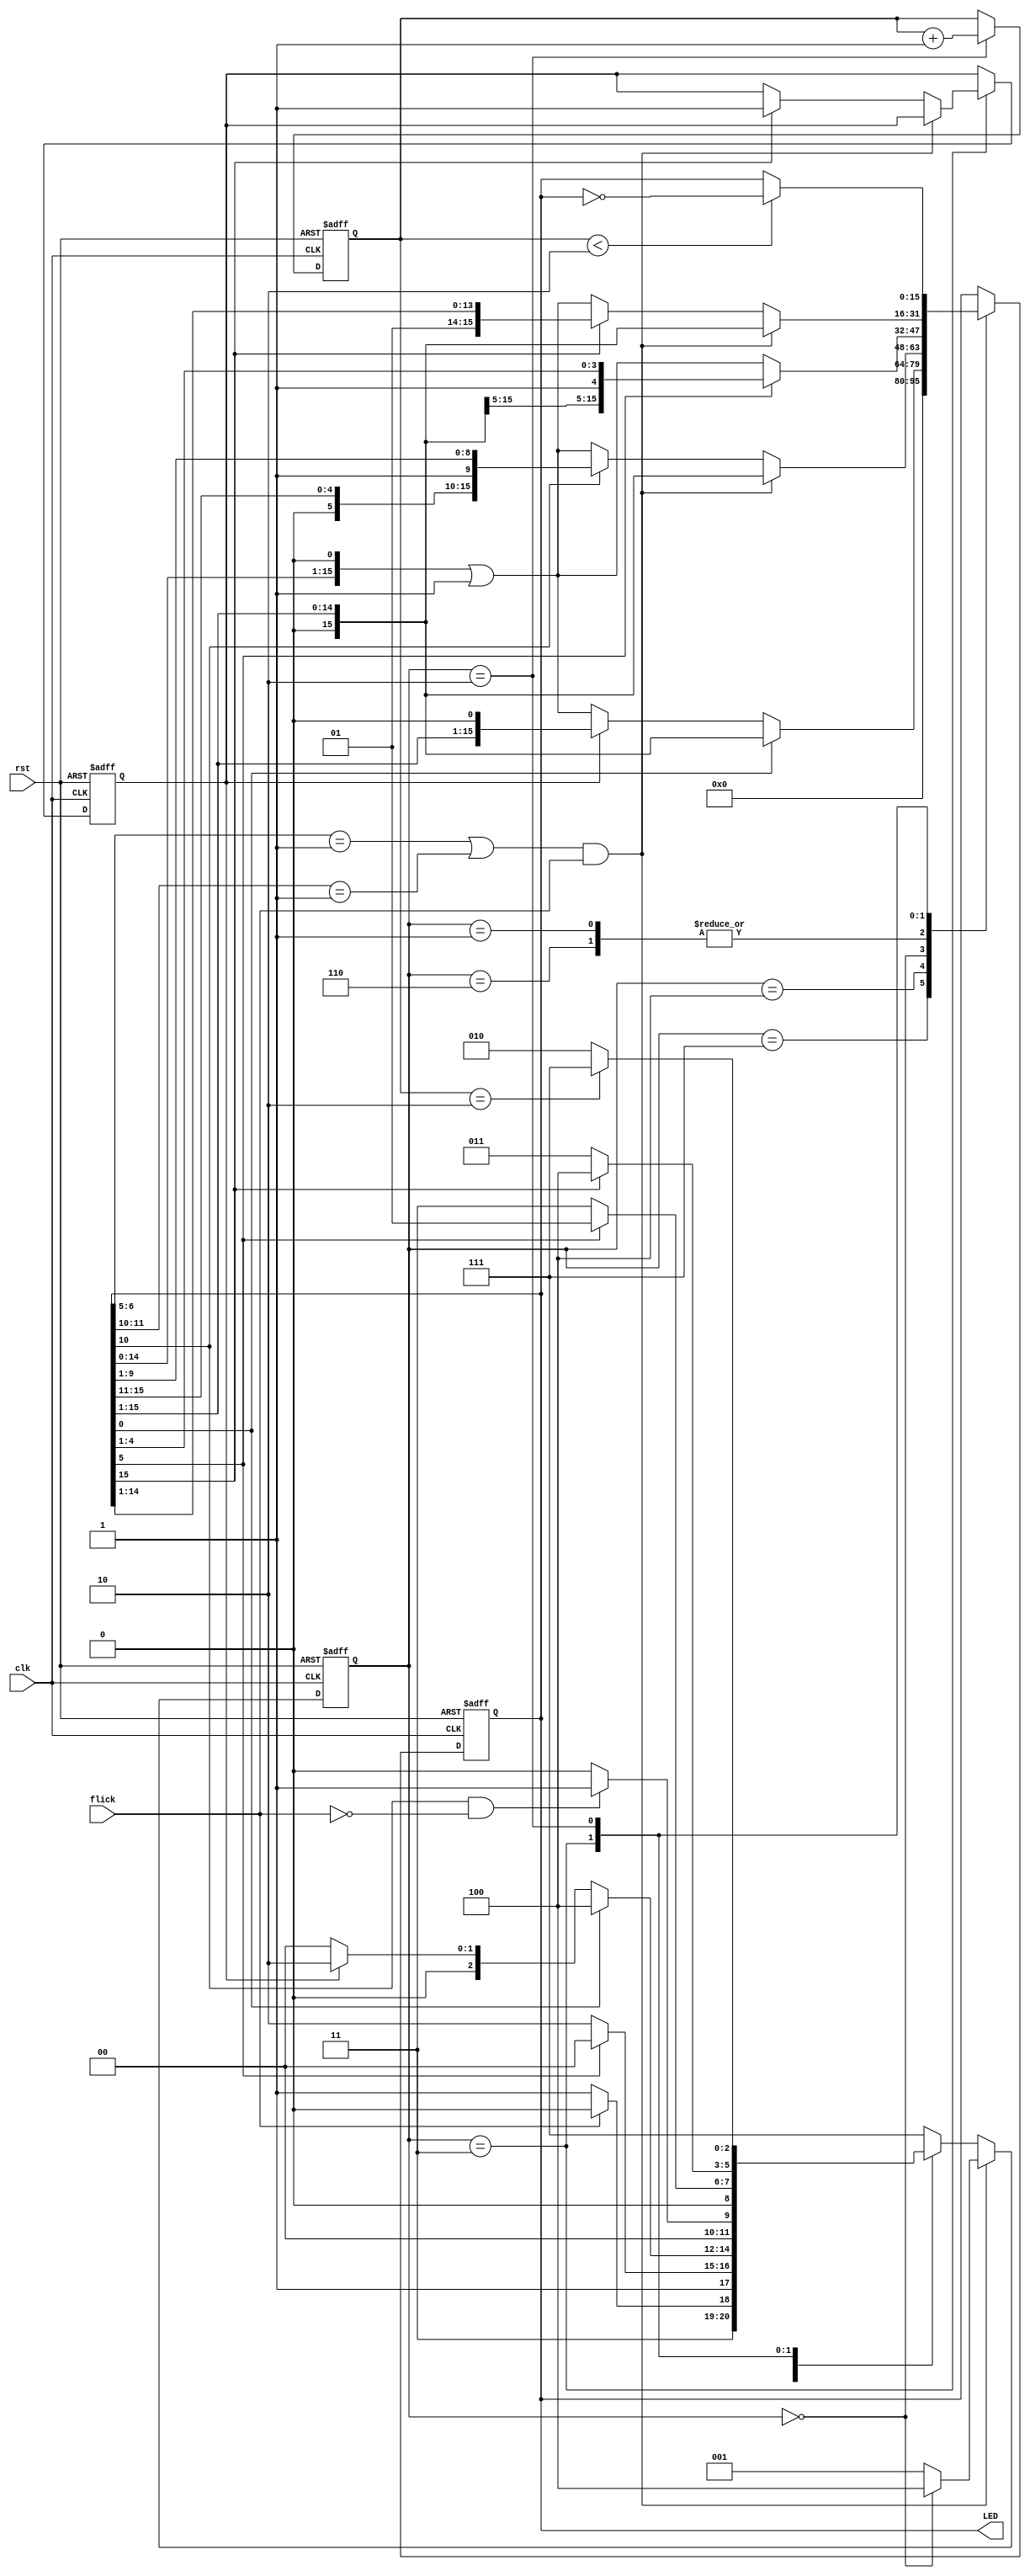
`timescale 1ns / 1ps
// School: Ho Chi Minh City University of Technology - Ho Chi Minh National
// University
// Student: Vu Nam Binh - 2152441
// Instructor: Mr. Nguyen Thien An
// Module: vlsi_lab1
// Description: Verilog source code implementing BoundFlasher system based on
// FSM. The system has 2 sequential blocks to proceed output and store state
// and 1 combinational block to proceed changing state.
// Updated: 08/04/2024

module vlsi_lab1(
input wire clk, rst, flick,
output reg [15:0]LED
    );
    parameter Start = 3'b111;
    parameter OnTo5 = 3'b110;
    parameter OffTo0 = 3'b100;
    parameter OnTo10 = 3'b000;
    parameter OffTo5 = 3'b001;
    parameter OnTo15 = 3'b011;
    parameter Blink = 3'b010;
    reg [15:0] LEDtemp=16'b0;
    reg [2:0] current_state, next_state;
    reg final=1'b0;
    reg [1:0] countblink=2'b0;

    always @(*) begin
        case(current_state)
            Start: begin
                if (flick == 1'b1) next_state[2:0] = OnTo5;
                else next_state[2:0] = Start;
            end
            OnTo5: begin
                if (LED[5] == 1'b1) next_state[2:0]=OffTo0;
                else next_state[2:0]=OnTo5;
            end
            OffTo0: begin
                if (LED[0] == 1'b0) begin
                    if (final == 1'b1) next_state[2:0] = Blink;
                    else next_state[2:0] = OnTo10;
                end else next_state[2:0] = OffTo0;
            end
            OnTo10: begin
                if (((LED[6:5]==2'b01)||(LED[11:10]==2'b01)) && (flick == 1'b1)) next_state[2:0] = OffTo0;
                else if (LED[10] == 1'b1 && flick==0) next_state[2:0] = OffTo5;
                else next_state[2:0] = OnTo10;
            end
            OffTo5: begin
                if (LED[5] == 1'b0) next_state[2:0]= OnTo15;
                else next_state[2:0] = OffTo5;
            end
            OnTo15: begin
                if (((LED[6:5]==2'b01)||(LED[11:10]==2'b01)) && (flick == 1'b1)) next_state[2:0]=OffTo5;
                else if (LED[15] == 1'b1) next_state[2:0] = OffTo0;
                else next_state[2:0] = OnTo15;
            end
            Blink: begin
                if (countblink == 2) next_state[2:0] = Start;
                else next_state[2:0] = Blink;
            end
            default: next_state[2:0] = Start;
        endcase
    end
    
    always @(posedge clk, negedge rst) begin
        if(~rst) begin
            current_state<=Start;
        end else if (((LED[6:5]==2'b01)||(LED[11:10]==2'b01)) && (flick == 1'b1)) begin
	    if(current_state[2:0]==OnTo10) current_state[2:0] <= OffTo0;
	    else current_state[2:0]<=OffTo5;
	end
	else current_state[2:0] <= next_state[2:0];
    end
    
    always @(posedge clk, negedge rst) begin
        if(~rst) begin
            LED <= 16'b0;
            final <= 0;
            countblink <= 0;
        end else begin
            case(current_state)
                Start: begin
                    LED<=16'b0;
                end
                OnTo5: begin
                    if(LED[5]==1'b0) LED <= (LED<<1)|1'b1;
                    else LED <= (LED>>1);
                end
                OffTo0: begin
                    if(LED[0]==1'b1) LED <= LED>>1;
                    else if(final==1'b0) LED <= (LED<<1)|1'b1;
                end
                OnTo10: begin
                    if (((LED[6:5]==2'b01)||(LED[11:10]==2'b01)) && (flick == 1'b1)) begin 
			LED <= LED >> 1;
                    end
		    else if (LED[10] == 1'b0) LED <= (LED<<1)|1'b1;
                    else if (LED[10] == 1'b1) LED <= LED>>1;
                end
                OffTo5: begin
                    if (LED[5] == 1'b1) LED <= LED>>1;
                    else LED <= (LED<<1)|1'b1;
                end
                OnTo15: begin
                    if (((LED[6:5]==2'b01)||(LED[11:10]==2'b01)) && (flick == 1'b1)) begin 
			LED <= LED>>1;
		    end
                    else if (LED[15] == 1'b1) begin
                        final <= 1;
                        LED <= LED>>1;
                    end else if (LED[15] == 1'b0) LED <= (LED<<1)|1'b1;
                end
                Blink: begin
                    if (countblink < 2) LED <= ~LED;
                    countblink <= countblink + 1;
                end
            endcase
        end
    end
endmodule